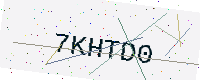
Text: 7KHTD0